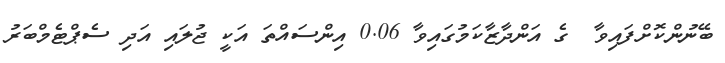
ބޭނުންކޮށްފައިވާ  ގެ އަންދާޒާކަމުގައިވާ 0.06 އިންސައްތަ އަކީ ޖުލައި އަދި ސެޕްޓެމްބަރު